Notes on vaccination in the North-West Frontier Province 1923-1928 - 1923-1928
Year: 1923
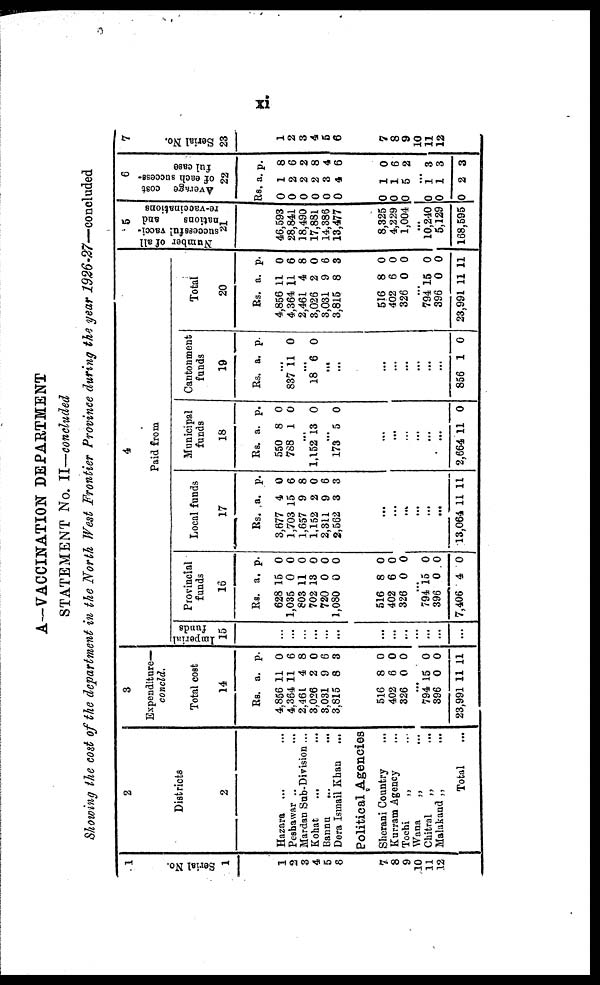
xi
A—VACCINATION DEPARTMENT
STATEMENT No. II—concluded
Showing the cost of the department in the North West Frontier Province during the year 1926-27—concluded
1
Serial No.
1
1
2
3
4
5
8
7
8
9
10
11
12
2
Districts
2
Hazara
...
...
Peshawar
...
...
Mardan Sub-Division ...
Kohat ... ...
Bannu
...
...
Dera Ismail Khan
...
Political Agencies
Sherani Country ...
Kurram Agency ...
Tochi
„ ...
Wana
„ ...
Chitral
„ ...
Malakand „ ...
Total ...
3
Expenditure—
concld.
Total cost
14
Rs.
4,856
4,364
2,461
3,026
3,031
3,815
a.
11
11
4
2
9
8
p.
0
6
8
0
6
3
516
402
326
8
6
0
0
0
0
...
794
396
23,991
15
0
11
0
0
11
4
Paid from
Imperial
funds
15
...
...
...
...
...
...
...
...
...
...
...
...
...
Provincial
funds
16
Rs.
628
1,035
803
702
720
1,080
a.
15
0
11
13
0
0
p.
0
0
0
0
0
0
516
402
326
8
6
0
0
0
0
...
794
396
7,406
15
0
4
0
0
0
Local funds
17
Rs.
3,677
1,703
1,657
1,152
2,311
2,562
a.
4
15
9
2
9
3
p.
0
6
8
0
6
3
...
...
...
...
...
...
13,064 11 11
Municipal
funds
18
Rs.
550
788
a.
8
1
p.
0
0
...
1,152 13 0
...
173 5 0
...
...
...
...
...
...
2,664 11 0
Cantonment
funds
19
Rs. a. p.
...
837 11 0
...
18 6 0
...
...
...
...
...
...
...
...
856 1 0
Total
20
Rs.
4,856
4,364
2,461
3,026
3,031
3,815
a.
11
11
4
2
9
8
p.
0
6
8
0
6
3
516
402
326
8
6
0
0
0
0
...
794
396
23,991
15
0
11
0
0
11
5
Number of all
successful vacci-
nations
and
re-vaccinations
21
46,593
28,841
18,490
17,881
14,386
13,477
8,325
4,229
1,004
...
10,240
5,129
168,595
6
Average cost
of each success-
ful case
22
Rs
0
0
0
0
0
0
a.
1
2
2
2
3
4
p.
8
6
2
8
4
6
0
0
0
1
1
5
0
6
2
...
0
0
0
1
1
2
3
3
3
7
Serial No.
23
1
2
3
4
5
6
7
8
9
10
11
12